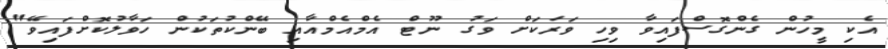
އެކި މީހުން ގެންގޮސްފައިވާ ވިހި ވަރަކަށް ވަގު ނޫޓް އެމްއެމްއާއި ބޭންކުތަކުން ހަވާލުކޮށްފައިވޭ"